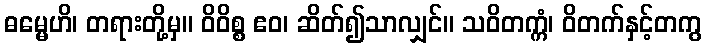
ဓမ္မေဟိ၊ တရားတို့မှ။ ဝိဝိစ္စ ဧဝ၊ ဆိတ်၍သာလျှင်။ သဝိတက္ကံ၊ ဝိတက်နှင့်တကွ